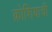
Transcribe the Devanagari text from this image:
क्रोशियाची